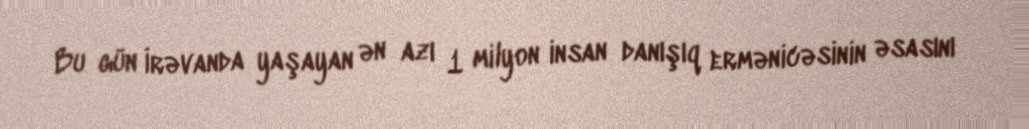
Bu gün İrəvanda yaşayan ən azı 1 milyon insan danışıq ermənicəsinin əsasını